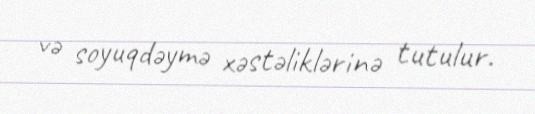
və soyuqdəymə xəstəliklərinə tutulur.